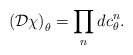
\begin{align*}\left({\cal D}\chi\right)_\theta = \prod_n dc^n_\theta.\end{align*}